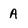
Character: A